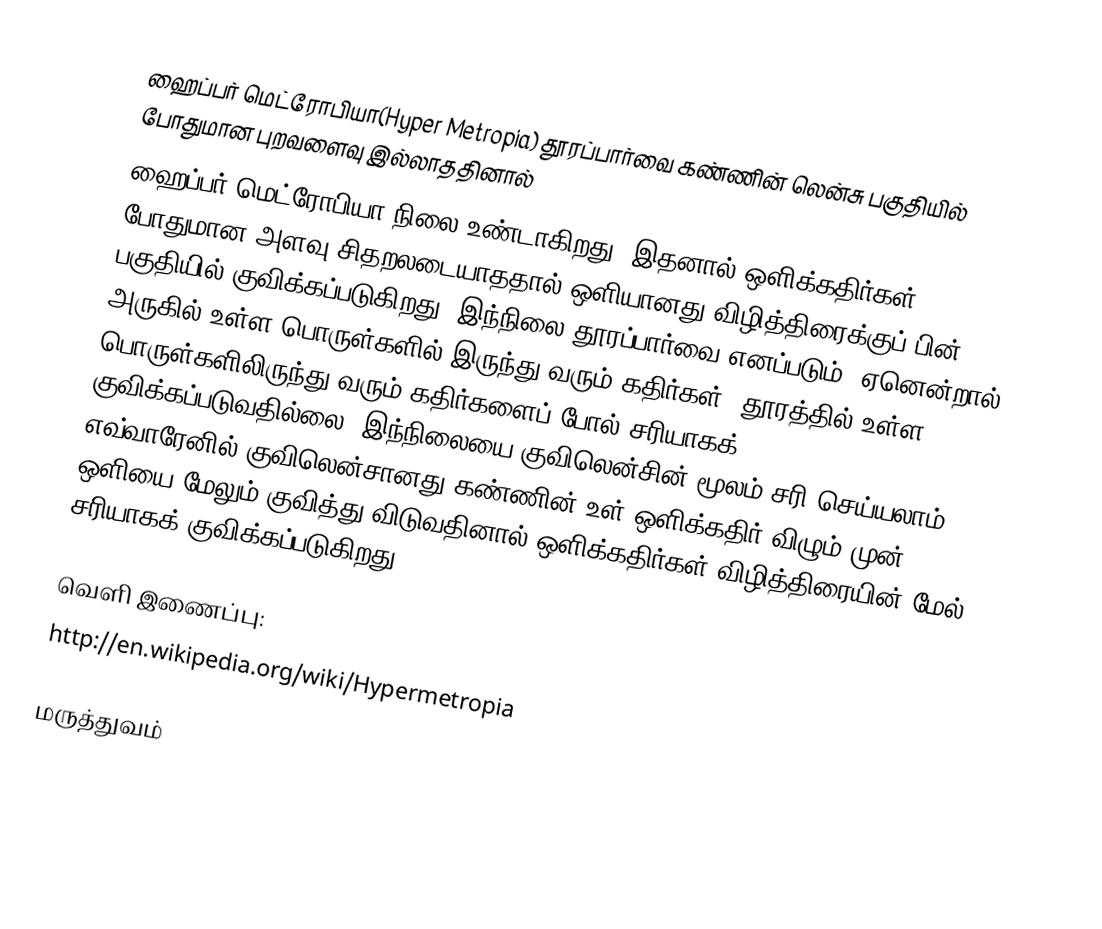
ஹைப்பர் மெட்ரோபியா(Hyper Metropia) தூரப்பார்வை கண்ணின் லென்சு பகுதியில் போதுமான புறவளைவு இல்லாததினால்
ஹைப்பர் மெட்ரோபியா நிலை உண்டாகிறது. இதனால் ஒளிக்கதிர்கள் போதுமான அளவு சிதறலடையாததால் ஒளியானது விழித்திரைக்குப் பின் பகுதியில் குவிக்கப்படுகிறது. இந்நிலை தூரப்பார்வை எனப்படும். ஏனென்றால் அருகில் உள்ள பொருள்களில் இருந்து வரும் கதிர்கள், தூரத்தில் உள்ள பொருள்களிலிருந்து வரும் கதிர்களைப் போல் சரியாகக் குவிக்கப்படுவதில்லை. இந்நிலையை குவிலென்சின் மூலம் சரி செய்யலாம். எவ்வாரேனில் குவிலென்சானது கண்ணின் உள் ஒளிக்கதிர் விழும் முன் ஒளியை மேலும் குவித்து விடுவதினால் ஒளிக்கதிர்கள் விழித்திரையின் மேல் சரியாகக் குவிக்கப்படுகிறது.

வெளி இணைப்பு:
http://en.wikipedia.org/wiki/Hypermetropia

மருத்துவம்